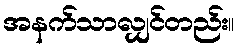
အနက်သာလျှင်တည်း။